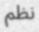
نظم